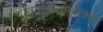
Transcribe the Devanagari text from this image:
गीतारहस्यानंतरचा